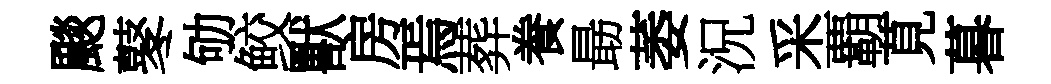
颷鼕劬鲛獸房焉葬飬朂萎況采覇莧暮